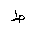
Letter: _da